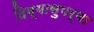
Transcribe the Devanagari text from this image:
दिव्यासुपर्णा